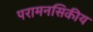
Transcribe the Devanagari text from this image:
परामनसिकीय